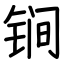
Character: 锏